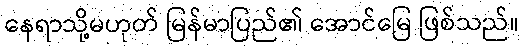
နေရာသို့မဟုတ် မြန်မာပြည်၏ အောင်မြေ ဖြစ်သည်။